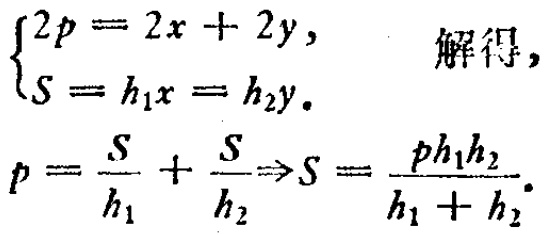
\[\begin{cases}
2p = 2x + 2y,\\
S = h_1x = h_2y.
\end{cases}\]
解得，
\[p=\frac{S}{h_1}+\frac{S}{h_2}\Rightarrow S = \frac{ph_1h_2}{h_1 + h_2}.\]